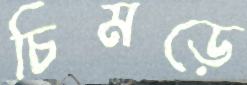
চিমড়ে